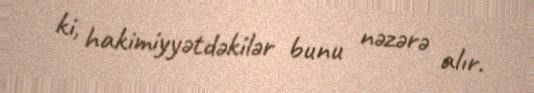
ki, hakimiyyətdəkilər bunu nəzərə alır.